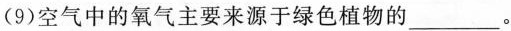
(9)空气中的氧气主要来源于绿色植物的___。